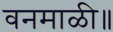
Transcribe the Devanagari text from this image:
वनमाळी॥